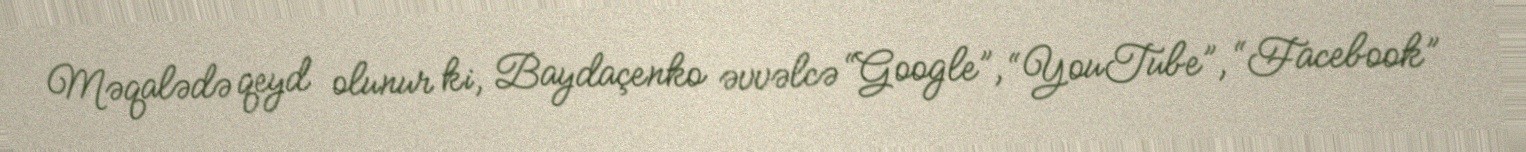
Məqalədə qeyd olunur ki, Baydaçenko əvvəlcə “Google”, “YouTube”, “Facebook”